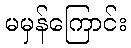
မမှန်ကြောင်း